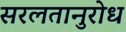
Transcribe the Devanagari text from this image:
सरलतानुरोध